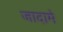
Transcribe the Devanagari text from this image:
जादामे